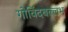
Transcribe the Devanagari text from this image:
गोविंदबल्लभ